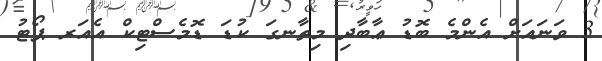
3 ވަނައަށް އެންމެ ބޮޑު ޢާބާދި މިތާނގަ ކުޑަ ޑޮމެސްޓިކް އެއަރ ޕޯޓު